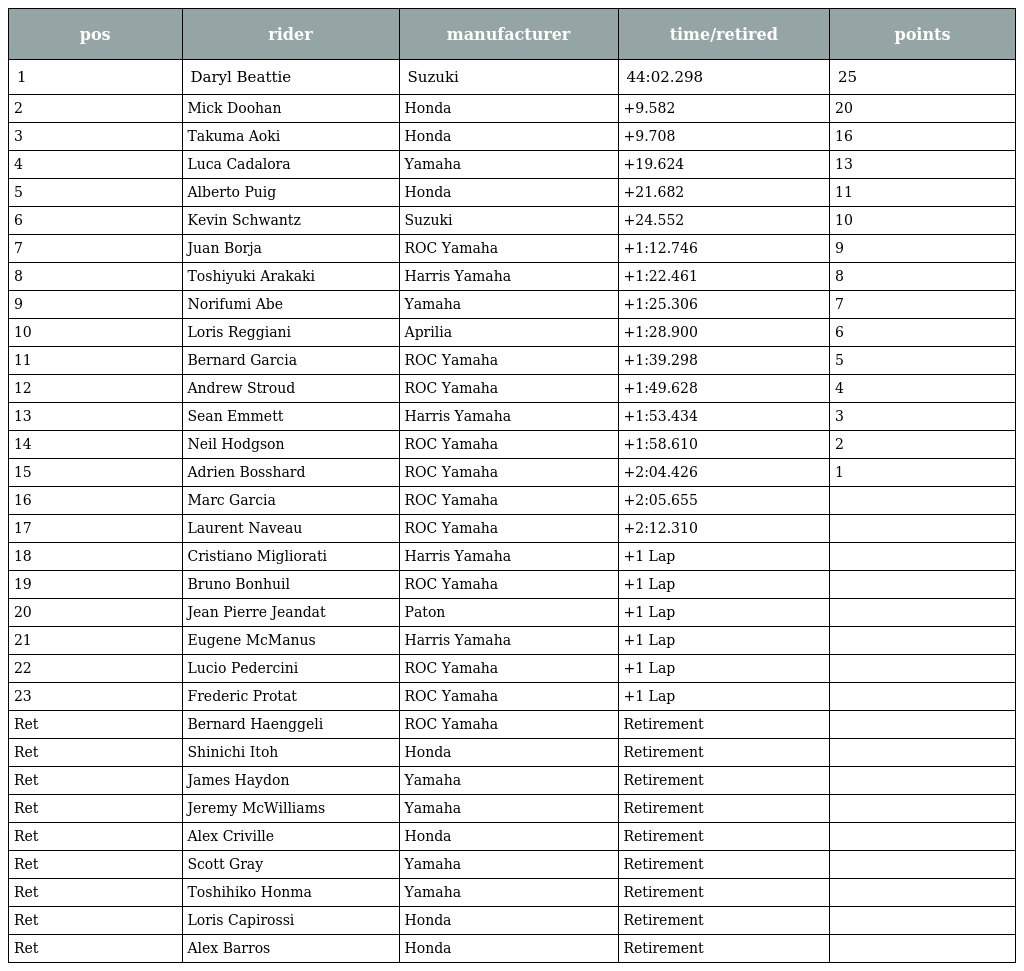
| pos | rider | manufacturer | time/retired | points |
 | --- | --- | --- | --- | --- |
 | 1 | Daryl Beattie | Suzuki | 44:02.298 | 25 |
 | 2 | Mick Doohan | Honda | +9.582 | 20 |
 | 3 | Takuma Aoki | Honda | +9.708 | 16 |
 | 4 | Luca Cadalora | Yamaha | +19.624 | 13 |
 | 5 | Alberto Puig | Honda | +21.682 | 11 |
 | 6 | Kevin Schwantz | Suzuki | +24.552 | 10 |
 | 7 | Juan Borja | ROC Yamaha | +1:12.746 | 9 |
 | 8 | Toshiyuki Arakaki | Harris Yamaha | +1:22.461 | 8 |
 | 9 | Norifumi Abe | Yamaha | +1:25.306 | 7 |
 | 10 | Loris Reggiani | Aprilia | +1:28.900 | 6 |
 | 11 | Bernard Garcia | ROC Yamaha | +1:39.298 | 5 |
 | 12 | Andrew Stroud | ROC Yamaha | +1:49.628 | 4 |
 | 13 | Sean Emmett | Harris Yamaha | +1:53.434 | 3 |
 | 14 | Neil Hodgson | ROC Yamaha | +1:58.610 | 2 |
 | 15 | Adrien Bosshard | ROC Yamaha | +2:04.426 | 1 |
 | 16 | Marc Garcia | ROC Yamaha | +2:05.655 |  |
 | 17 | Laurent Naveau | ROC Yamaha | +2:12.310 |  |
 | 18 | Cristiano Migliorati | Harris Yamaha | +1 Lap |  |
 | 19 | Bruno Bonhuil | ROC Yamaha | +1 Lap |  |
 | 20 | Jean Pierre Jeandat | Paton | +1 Lap |  |
 | 21 | Eugene McManus | Harris Yamaha | +1 Lap |  |
 | 22 | Lucio Pedercini | ROC Yamaha | +1 Lap |  |
 | 23 | Frederic Protat | ROC Yamaha | +1 Lap |  |
 | Ret | Bernard Haenggeli | ROC Yamaha | Retirement |  |
 | Ret | Shinichi Itoh | Honda | Retirement |  |
 | Ret | James Haydon | Yamaha | Retirement |  |
 | Ret | Jeremy McWilliams | Yamaha | Retirement |  |
 | Ret | Alex Criville | Honda | Retirement |  |
 | Ret | Scott Gray | Yamaha | Retirement |  |
 | Ret | Toshihiko Honma | Yamaha | Retirement |  |
 | Ret | Loris Capirossi | Honda | Retirement |  |
 | Ret | Alex Barros | Honda | Retirement |  |